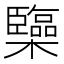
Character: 𰙅